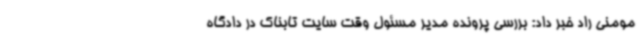
مومنی راد خبر داد: بررسی پرونده مدیر مسئول وقت سایت تابناک در دادگاه